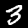
Digit: 3